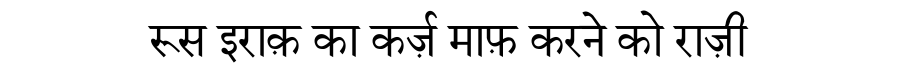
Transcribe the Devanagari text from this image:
रूस इराक़ का कर्ज़ माफ़ करने को राज़ी